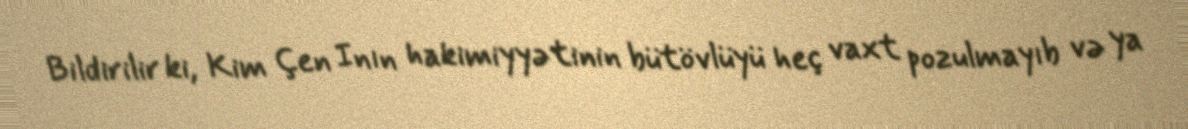
Bildirilir ki, Kim Çen Inın hakimiyyətinin bütövlüyü heç vaxt pozulmayıb və ya